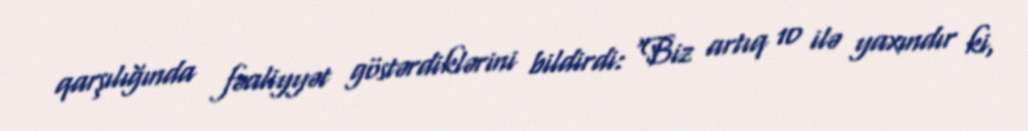
qarşılığında fəaliyyət göstərdiklərini bildirdi: “Biz artıq 10 ilə yaxındır ki,